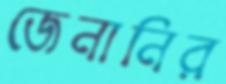
জেনানির